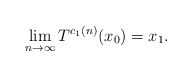
\begin{align*}\lim_{n \to \infty} T^{c_1(n)}(x_0) = x_1.\end{align*}